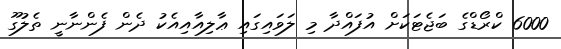
6000 ކްރޯޑްގެ ބަޖެޓަކަށް އުފައްދާ މި ލަވައިގައި ޢާލިއާއިއެކު ދެން ފެންނާނީ ތެލުގޫ